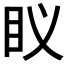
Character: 𮵅